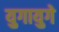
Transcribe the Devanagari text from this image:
युगायुगे